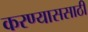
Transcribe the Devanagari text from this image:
करण्याससाठी